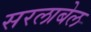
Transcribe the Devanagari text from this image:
सरलाबेल